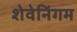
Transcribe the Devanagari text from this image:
शेवेनिंगम